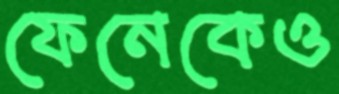
ফেনেকেও